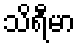
သိရီမာ